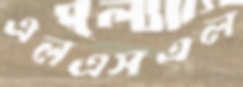
এলএসএল